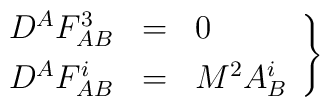
\left.\begin{array}{ccl} D^AF_{AB}^3 & = & 0 \\ [.05in]D^AF_{AB}^i & = & M^2A_B^i \end{array}\right\}